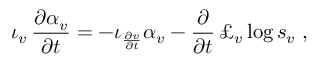
\iota _ { v } \, \frac { \partial \alpha _ { v } } { \partial t } = - \iota _ { \frac { \partial v } { \partial t } } \alpha _ { v } - \frac \partial { \partial t } \, \pounds _ { v } \log s _ { v } \ ,